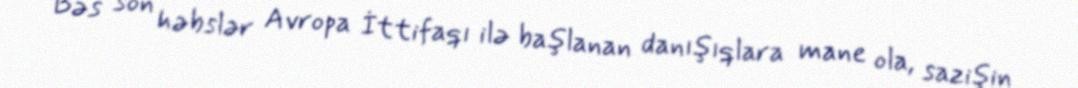
Bəs son həbslər Avropa İttifaqı ilə başlanan danışıqlara mane ola, sazişin